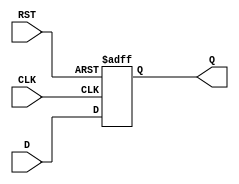
module StoreRegister (
    input  wire [N-1:0] D,    // Data input
    input  wire CLK,           // Clock signal
    input  wire RST,           // Reset signal
    output reg  [N-1:0] Q      // Data output
);
    parameter N = 8;           // Width of the register (can be adjusted)

    // Asynchronous reset and synchronous data storage
    always @(posedge CLK or posedge RST) begin
        if (RST) begin
            Q <= {N{1'b0}};     // Reset output to 0
        end else begin
            Q <= D;             // Latch data on clock edge
        end
    end
endmodule